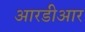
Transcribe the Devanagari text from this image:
आरडीआर